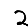
Digit: 2